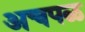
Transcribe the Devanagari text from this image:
अचपळ